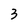
Character: 3